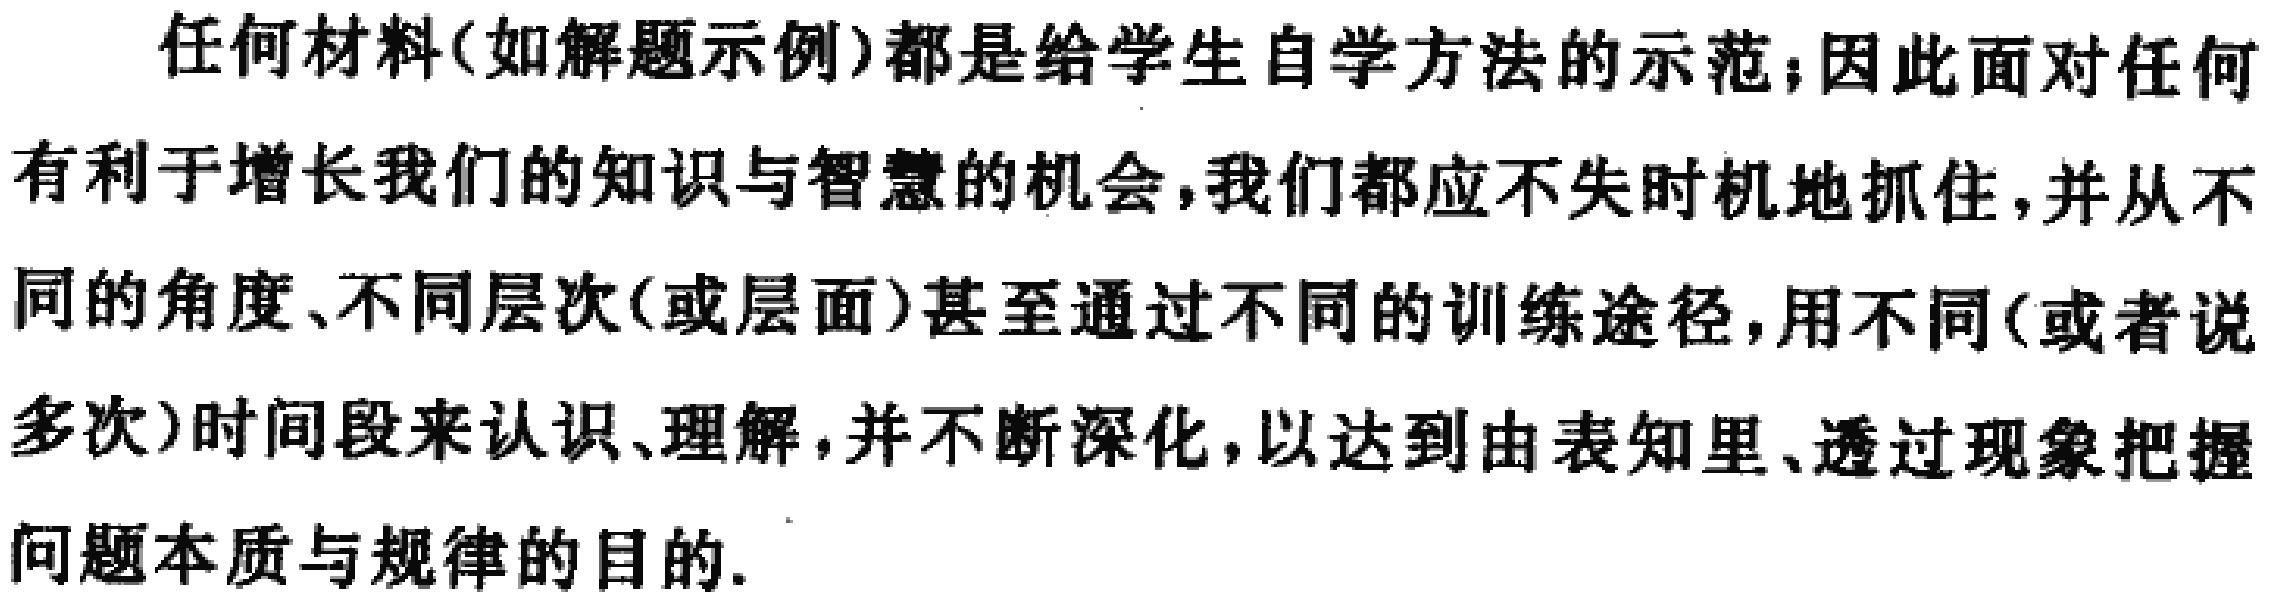
任何材料(如解题示例)都是给学生自学方法的示范;因此面对任何有利于增长我们的知识与智慧的机会,我们都应不失时机地抓住,并从不同的角度、不同层次(或层面)甚至通过不同的训练途径,用不同(或者说多次)时间段来认识、理解,并不断深化,以达到由表知里、透过现象把握问题本质与规律的目的.